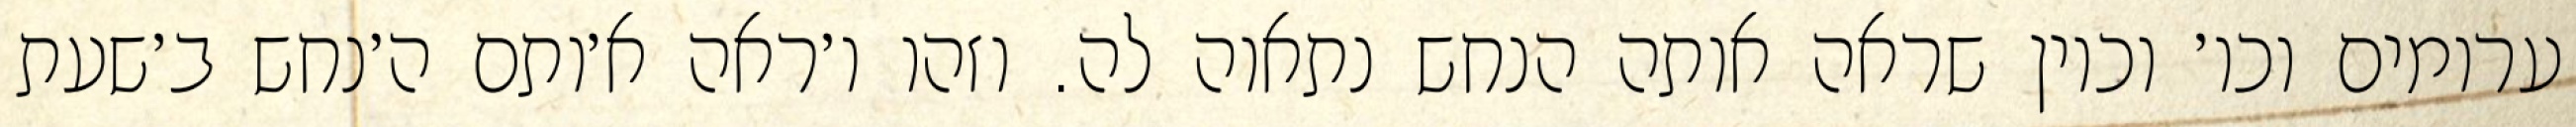
ערומים וכו׳ וכיון שראה אותה הנחש נתאוה לה. וזהו ו׳ראה א׳ותם ה׳נחש ב׳שעת